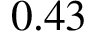
0 . 4 3